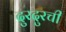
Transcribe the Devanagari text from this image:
दुरदुरची